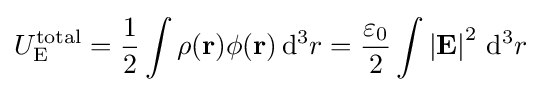
U_{\mathrm {E} }^{\text{total}}={\frac {1}{2}}\int \rho (\mathbf {r} )\phi (\mathbf {r} )\,\mathrm {d} ^{3}r={\frac {\varepsilon _{0}}{2}}\int \left|{\mathbf {E} }\right|^{2}\,\mathrm {d} ^{3}r